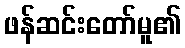
ဖန်ဆင်းတော်မူ၏